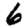
Digit: 6